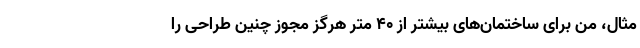
مثال، من برای ساختمان‌های بیشتر از ۴۰ متر هرگز مجوز چنین طراحی را